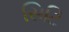
સિટિ